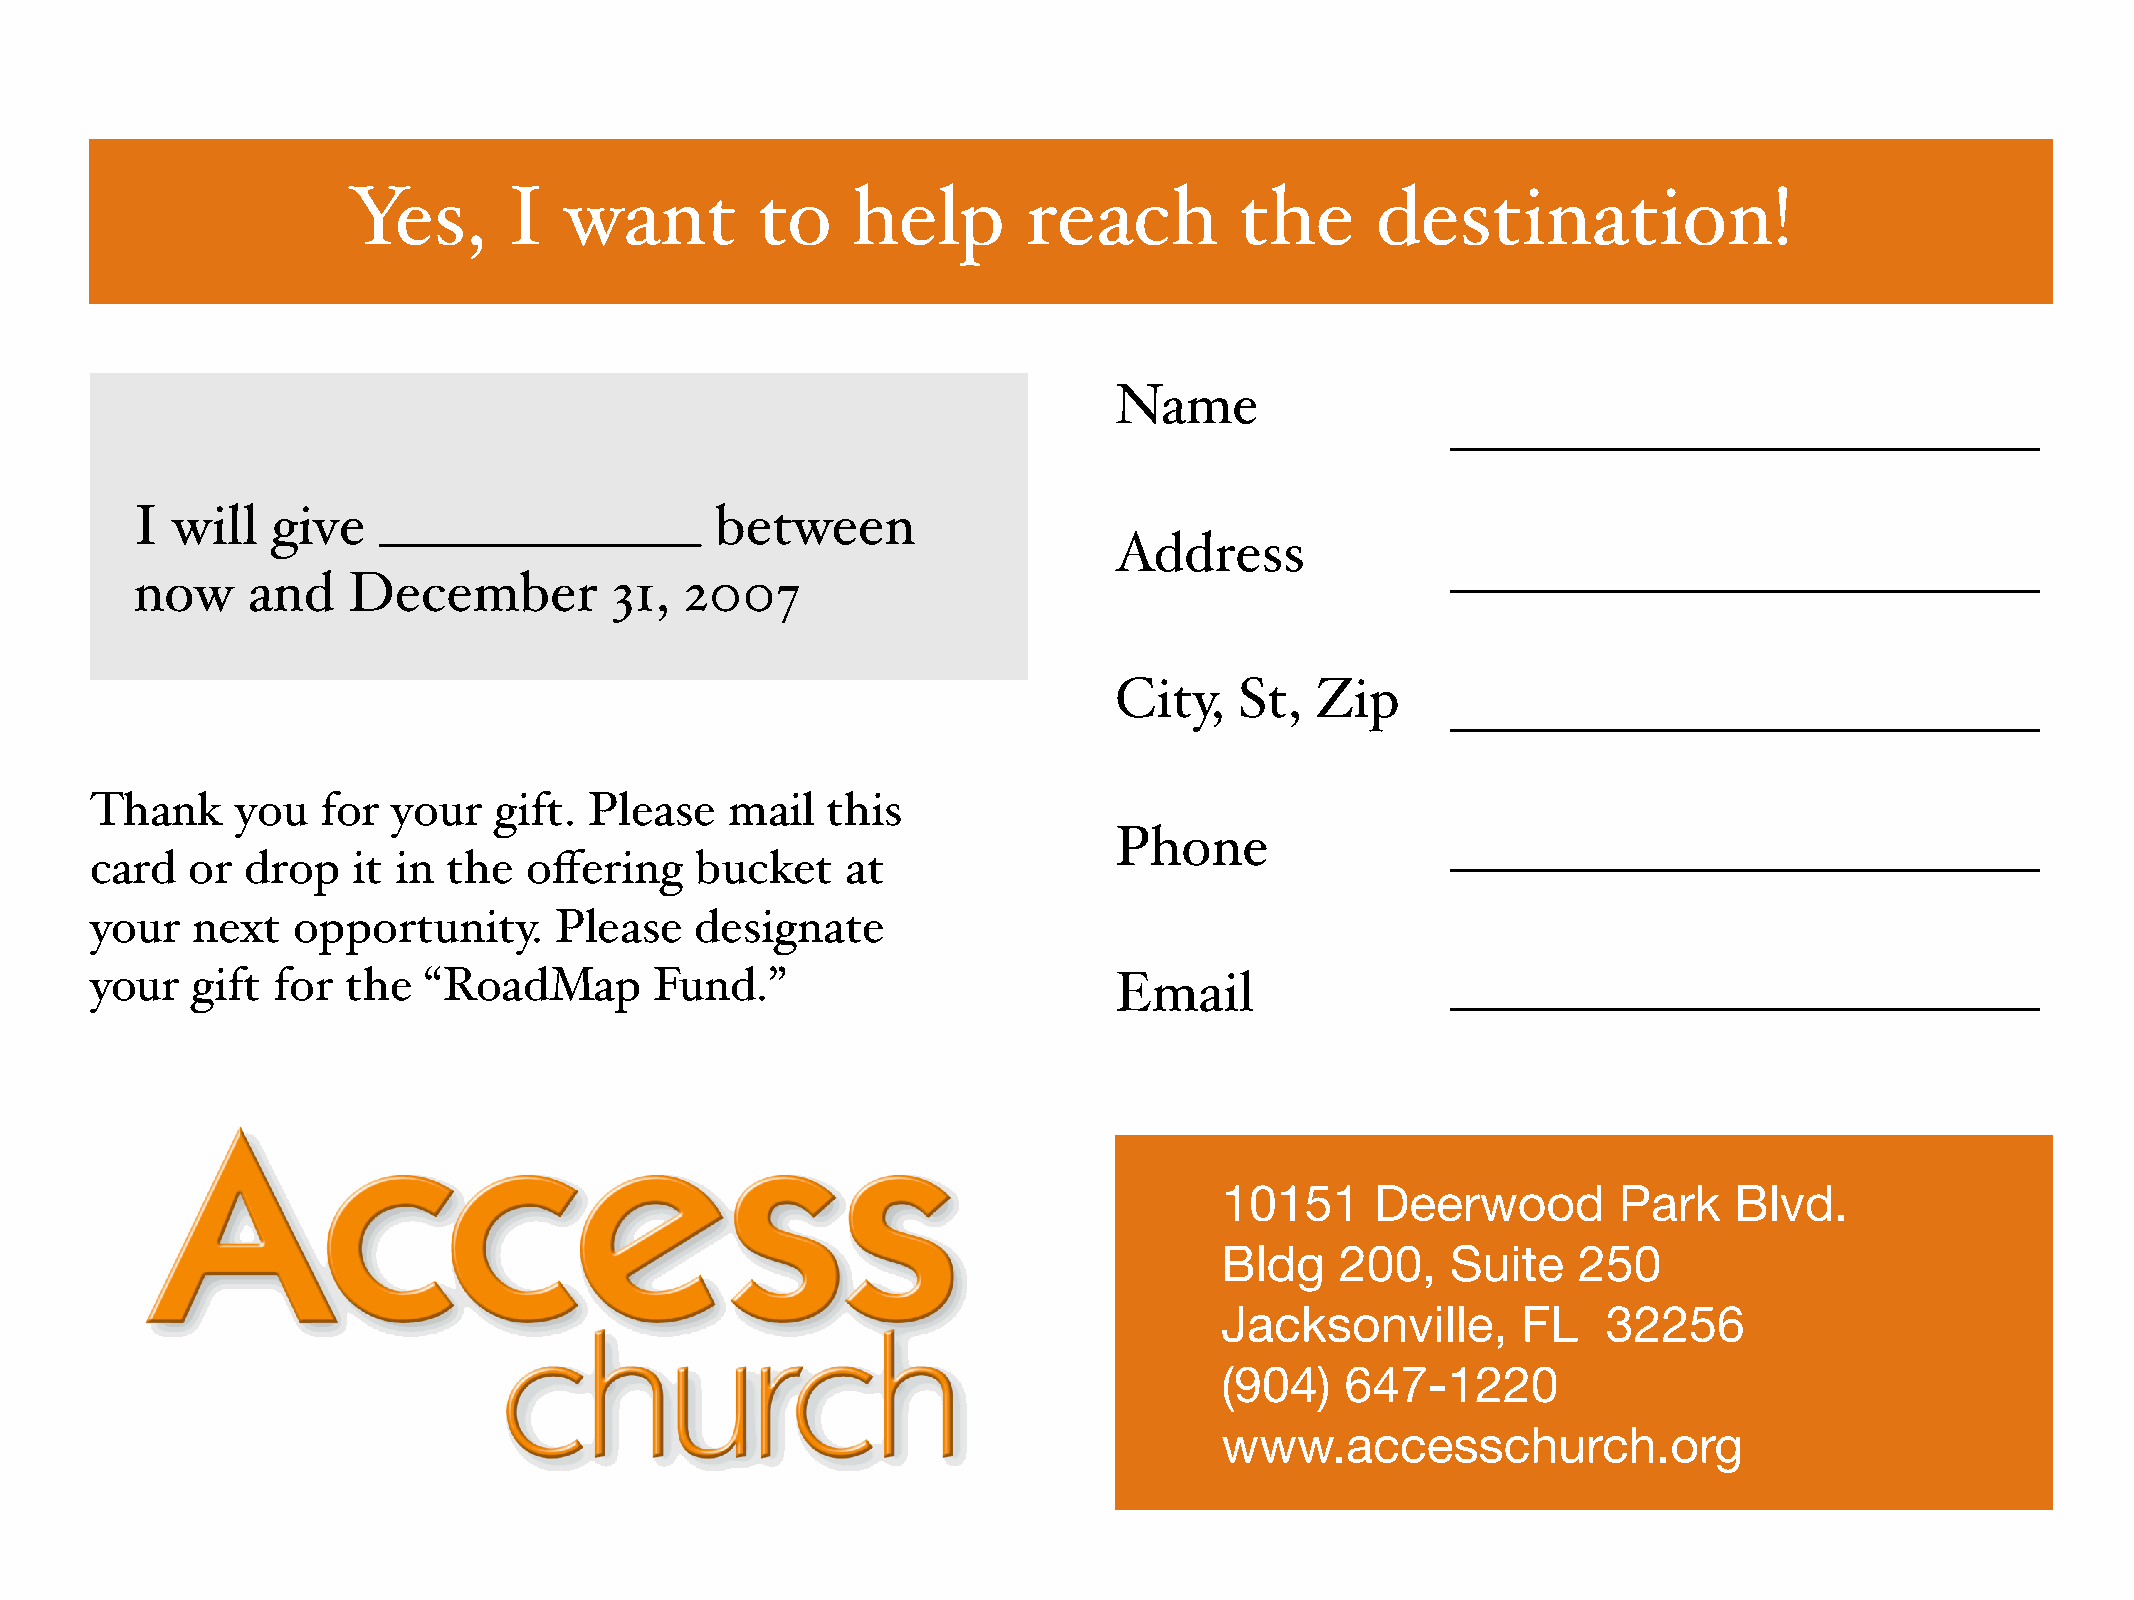
Yes,       I  want         to    help        reach         the      destination!
 Name
 ______________________
 I will   give   ____________          between
 Address
 ______________________
 now    and    December         31,  2007
 City,   St,  Zip
 ______________________
 Thank     you  for  your   gift. Please   mail   this
 Phone                 ______________________
 card   or drop   it in  the  offering   bucket    at
 your   next  opportunity.      Please   designate
 your   gift for  the  “RoadMap       Fund.”                         Email                 ______________________
 10151     Deerwood        Park    Blvd.
 Bldg    200,   Suite   250
 Jacksonville,       FL   32256
 (904)   647-1220
 www.accesschurch.org